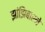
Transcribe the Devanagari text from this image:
झांझिबारने